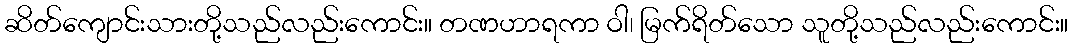
ဆိတ်ကျောင်းသားတို့သည်လည်းကောင်း။ တဏဟာရကာ ဝါ၊ မြက်ရိတ်သော သူတို့သည်လည်းကောင်း။